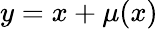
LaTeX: y=x+\mu(x)